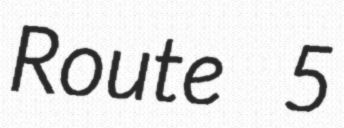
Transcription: Route 5